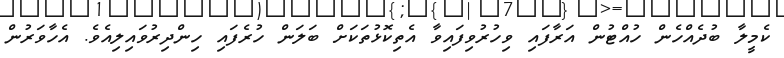
ކެމީލާ ބުދެއްހެން ހުއްޓުން އަރާފައި ވިހުރުވިފައިވާ އެތިކޮޅުތަކަށް ބަލަން ހުރެފައި ހިންދިރުވައިލިއެވެ. އެހާވަރުން